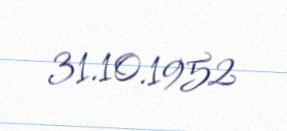
31.10.1952